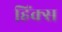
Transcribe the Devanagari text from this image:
हिंक्स